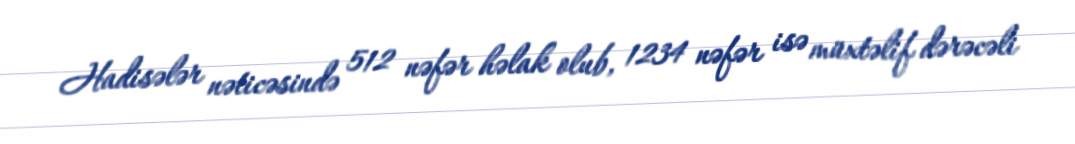
Hadisələr nəticəsində 512 nəfər həlak olub, 1234 nəfər isə müxtəlif dərəcəli